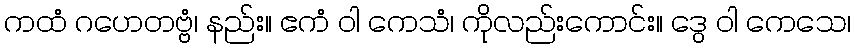
ကထံ ဂဟေတဗ္ဗံ၊ နည်း။ ဧကံ ဝါ ကေသံ၊ ကိုလည်းကောင်း။ ဒွေ ဝါ ကေသေ၊